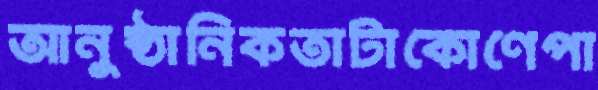
আনুষ্ঠানিকতাটাকোণেপা